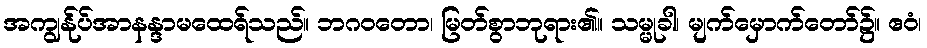
အကျွန်ုပ်အာနန္ဒာမထေရ်သည်။ ဘဂဝတော၊ မြတ်စွာဘုရား၏။ သမ္မုခါ၊ မျက်မှောက်တော်၌။ ဧဝံ၊